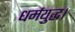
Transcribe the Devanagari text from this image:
धर्मयुद्ध।